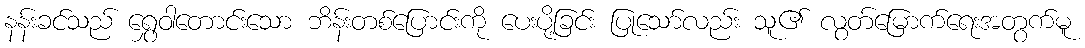
နန်းခင်သည် ရွှေဝါတောင်းသော ဘိန်းတစ်ပြောင်းကို ပေးပို့ခြင်း ပြုသော်လည်း သူ၏ လွတ်မြောက်ရေးအတွက်မူ